Scientific memoirs by medical officers of the Army of India - Part VII,
Year: 1892
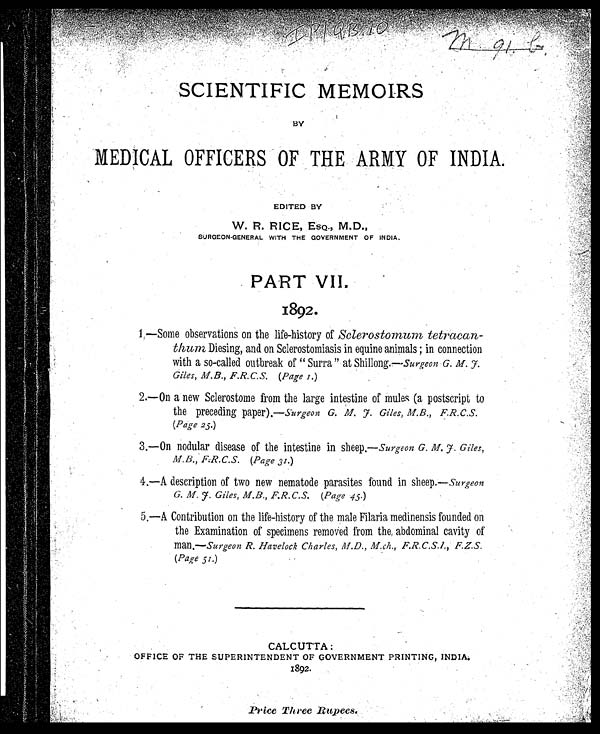
IP/ QB. 10
m. 91. b.
SCIENTIFIC MEMOIRS
.BY
MEDICAL OFFICERS OF THE ARMY OF INDIA.
EDITED BY
W. R. RICE, ESQ., M.D.,
SURGEON-GENERAL WITH THE GOVERNMENT OF INDIA.
PART VII.
1892.
1—Some observations on the life-history of Sclerostomum, tetracan-
thum Diesing, and on Sclerostomiasis in equine animals in connection
with a so-called outbreak of " Surra " at Shillong.—S urgeon G. M. J.
Giles, M.B., F.R.C.S. (Page I.)
2.—On a new Sclerostome from the large intestine of mules (a postscript to
the preceding paper).— surgeon G. M. J. Giles, M.B.,
F. R. C. S. (Page 25.)
3.—On nodular disease of the intestine in sheep,— Surgeon G. M. f. Giles,
M.B., F:R.C.S. (Page 31.)
4.—A description of two new nematode parasites found in sheep. — surgeon
G. M. f. Giles, M.B., F.R. C.S. (Page 45.)
5.—A Contribution on the life-history of the male Filaria medinensis founded on
the Examination of specimens removed from the, abdominal cavity of
.man.—Surgeon R. Havelock Charles, M.D.,M ch , F.R.C.S.I., F.Z.S.
(Page 51)
CALCUTTA :
OFFICE OF THE SUPERINTENDENT OF GOVERNMENT PRINTING, INDIA
1892.
Price Three Rupees.